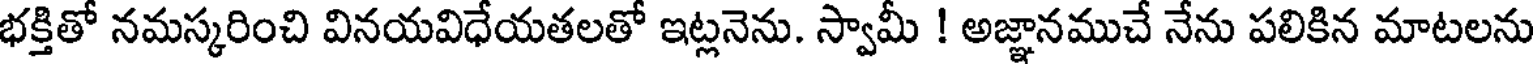
భక్తితో నమస్కరించి వినయవిధేయతలతో ఇట్లనెను. స్వామీ ! అజ్ఞానముచే నేను పలికిన మాటలను